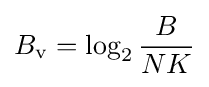
B_{\mathrm {v} }=\log _{2}{\frac {B}{NK}}